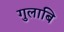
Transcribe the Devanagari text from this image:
गुलाबि